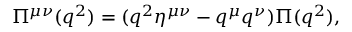
\Pi ^ { \mu \nu } ( q ^ { 2 } ) = ( q ^ { 2 } \eta ^ { \mu \nu } - q ^ { \mu } q ^ { \nu } ) \Pi ( q ^ { 2 } ) ,